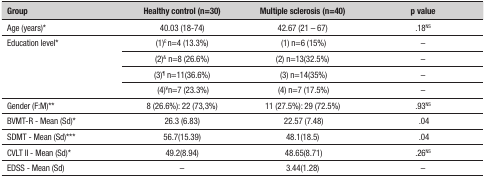
<table><thead><tr><td><b>Group</b></td><td><b> </b></td><td><b>Healthy control (n=30)</b></td><td><b> </b></td><td><b>Multiple sclerosis (n=40)</b></td><td><b> </b></td><td><b>p value</b></td></tr></thead><tbody><tr><td>Age (years)*</td><td> </td><td>40.03 (18-74)</td><td> </td><td>42.67 (21 – 67)</td><td> </td><td>.18<sup>NS</sup></td></tr><tr><td rowspan="4">Education level*</td><td> </td><td>(1) <sup>£</sup> n=4 (13.3%)</td><td> </td><td>(1) n=6 (15%)</td><td> </td><td>–</td></tr><tr><td> </td><td>(2)<sup>&amp;</sup> n=8 (26.6%)</td><td> </td><td>(2) n=13(32.5%)</td><td> </td><td>–</td></tr><tr><td> </td><td>(3) <sup>¶</sup> n=11(36.6%)</td><td> </td><td>(3) n=14(35%)</td><td> </td><td>–</td></tr><tr><td> </td><td>(4) <sup>¥</sup>n=7 (23.3%)</td><td> </td><td>(4) n=7 (17.5%)</td><td> </td><td>–</td></tr><tr><td>Gender (F:M)**</td><td> </td><td>8 (26.6%): 22 (73,3%)</td><td> </td><td>11 (27.5%): 29 (72.5%)</td><td> </td><td>.93<sup>NS</sup></td></tr><tr><td>BVMT-R - Mean (Sd)*</td><td> </td><td>26.3 (6.83)</td><td> </td><td>22.57 (7.48)</td><td> </td><td>.04</td></tr><tr><td>SDMT - Mean (Sd)***</td><td> </td><td>56.7(15.39)</td><td> </td><td>48.1(18.5)</td><td> </td><td>.04</td></tr><tr><td>CVLT II - Mean (Sd)*</td><td> </td><td>49.2(8.94)</td><td> </td><td>48.65(8.71)</td><td> </td><td>.26<sup>NS</sup></td></tr><tr><td>EDSS - Mean (Sd)</td><td> </td><td>–</td><td> </td><td>3.44(1.28)</td><td> </td><td>–</td></tr></tbody></table>